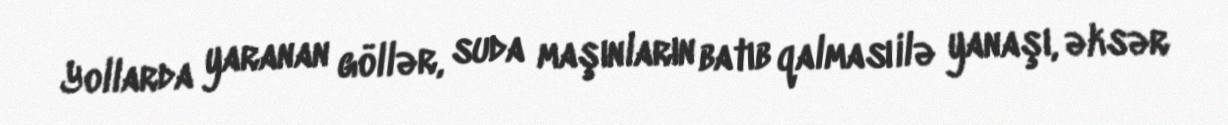
Yollarda yaranan göllər, suda maşınların batıb qalması ilə yanaşı, əksər